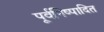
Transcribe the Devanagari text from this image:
पूर्वनिष्पादित